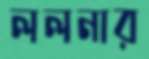
ললনার